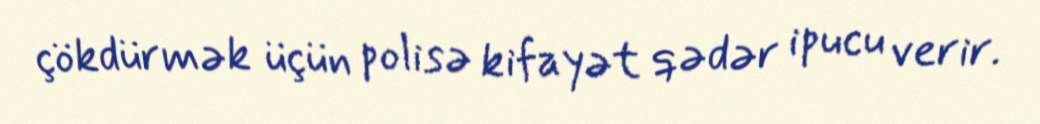
çökdürmək üçün polisə kifayət qədər ipucu verir.